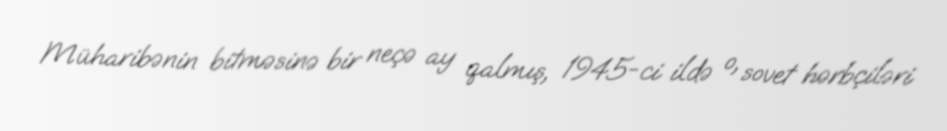
Müharibənin bitməsinə bir neçə ay qalmış, 1945-ci ildə o, sovet hərbçiləri